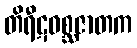
တိရီဋဝစ္ဆဇာတက